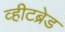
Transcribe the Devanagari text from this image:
व्हीटब्रेड